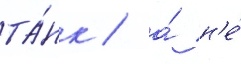
та́нк / а́ н'е́